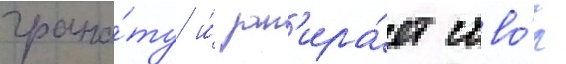
грана́ту и́ зап'ира́ет ство́л